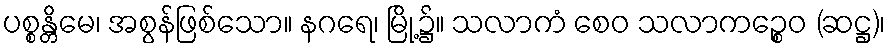
ပစ္စန္တိမေ၊ အစွန်ဖြစ်သော။ နဂရေ၊ မြို့၌။ သလာကံ စေဝ သလာကဉ္စေဝ (ဆဋ္ဌ)၊